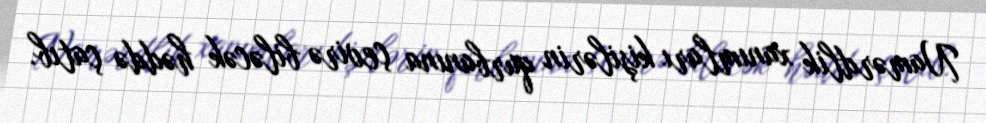
Namərdlik xanımları kişilərin qurbanına çevirə biləcək həddə çatıb.